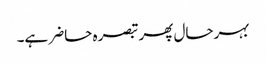
بہرحال پھر تبصرہ حاضر ہے۔